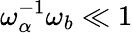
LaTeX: \omega_{\alpha}^{-1}\omega_{b}\ll 1